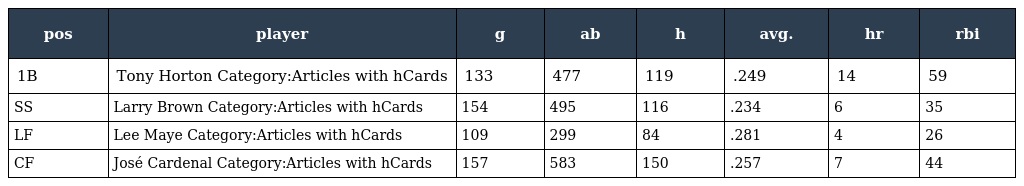
| pos | player | g | ab | h | avg. | hr | rbi |
 | --- | --- | --- | --- | --- | --- | --- | --- |
 | 1B | Tony Horton Category:Articles with hCards | 133 | 477 | 119 | .249 | 14 | 59 |
 | SS | Larry Brown Category:Articles with hCards | 154 | 495 | 116 | .234 | 6 | 35 |
 | LF | Lee Maye Category:Articles with hCards | 109 | 299 | 84 | .281 | 4 | 26 |
 | CF | José Cardenal Category:Articles with hCards | 157 | 583 | 150 | .257 | 7 | 44 |